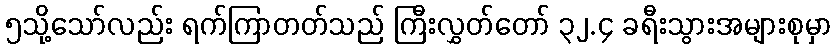
၅သို့သော်လည်း ရက်ကြာတတ်သည် ကြီးလွှတ်တော် ၃၂.၄ ခရီးသွားအများစုမှာ